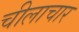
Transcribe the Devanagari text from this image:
चीलाचार